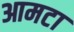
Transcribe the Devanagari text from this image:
आमटा